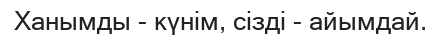
Ханымды - күнім, сізді - айымдай.